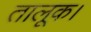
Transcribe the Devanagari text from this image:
तालूक।